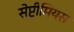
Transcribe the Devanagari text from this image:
सेप्टीमियस